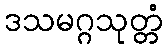
ဒသမဂ္ဂသုတ္တံ